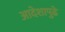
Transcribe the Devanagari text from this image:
आदेशापुढे